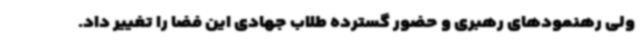
ولی رهنمودهای رهبری و حضور گسترده طلاب جهادی این فضا را تغییر داد.